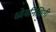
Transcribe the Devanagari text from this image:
ध्येयनिश्चिती